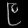
Digit: ၉